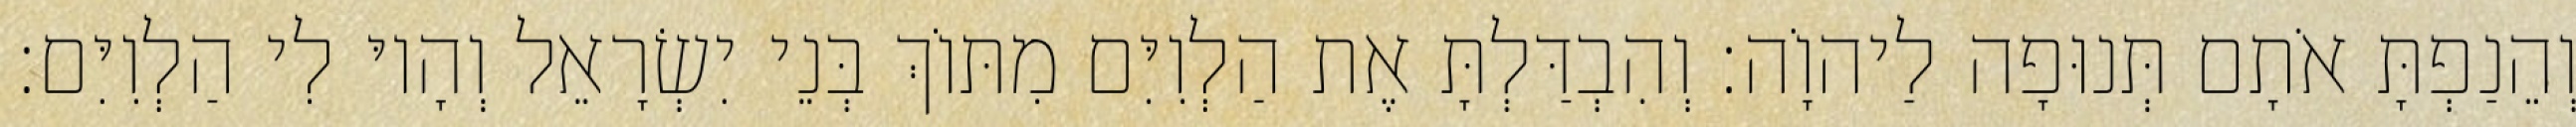
וְהֵנַפְתָּ אֹתָם תְּנוּפָה לַיהוָֹה׃ וְהִבְדַּלְתָּ אֶת הַלְוִיִּם מִתּוֹךְ בְּנֵי יִשְׂרָאֵל וְהָיוּ לִי הַלְוִיִּם׃